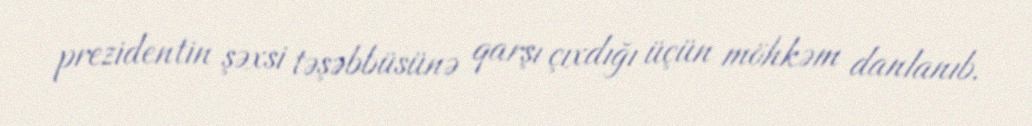
prezidentin şəxsi təşəbbüsünə qarşı çıxdığı üçün möhkəm danlanıb.